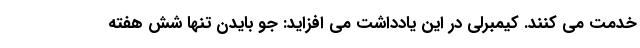
خدمت می کنند. کیمبرلی در این یادداشت می افزاید: جو بایدن تنها شش هفته